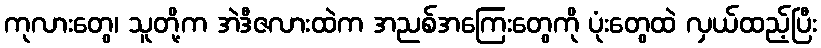
ကုလားတွေ၊ သူတို့က အဲဒီဇလားထဲက အညစ်အကြေးတွေကို ပုံးတွေထဲ လှယ်ထည့်ပြီး